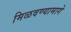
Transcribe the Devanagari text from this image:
मिळवण्यामागे